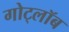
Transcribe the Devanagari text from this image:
गोट्लॉब